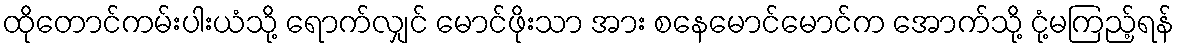
ထိုတောင်ကမ်းပါးယံသို့ ရောက်လျှင် မောင်ဖိုးသာ အား စနေမောင်မောင်က အောက်သို့ ငုံ့မကြည့်ရန်